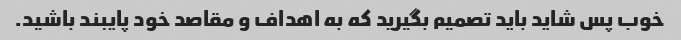
خوب پس شاید باید تصمیم بگیرید که به اهداف و مقاصد خود پایبند باشید.